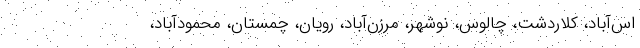
اس‌آباد، کلاردشت، چالوس، نوشهر، مرزن‌آباد، رویان، چمستان، محمودآباد،